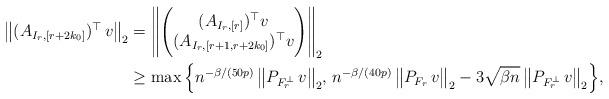
LaTeX: \begin{align*} \big\| (A_{I_r,[r+2k_0]})^\top \,v\big\|_2 &= \Bigg\| \Bigg( \begin{matrix} (A_{I_r,[r]})^\top v \\ (A_{I_r,[r+1,r+2k_0]})^\top v \end{matrix} \Bigg) \Bigg\|_2\\&\ge \max \Big\{ n^{-\beta/(50p)}\,\big\|P_{F_r^\perp}\,v\big\|_2 ,\, n^{-\beta/(40p)} \,\big\|P_{F_r}\,v\big\|_2 - 3\sqrt{\beta n} \,\big\|P_{F_r^\perp}\,v\big\|_2\Big\},\end{align*}